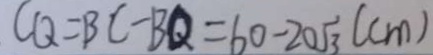
C Q = B C - B Q = 6 0 - 2 0 \sqrt { 3 } ( c m )